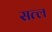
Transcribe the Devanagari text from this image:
सत्ल